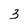
Character: 3